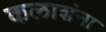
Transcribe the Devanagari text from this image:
कलाशंना